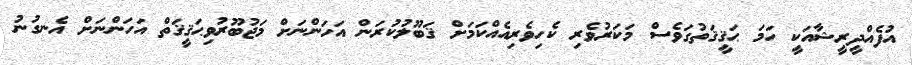
އުފެއްދީރީޝާއަކީ ހަމަ ޙަޤީޤަތުުގަވެސް މަކަރުވެރި ކެހިވެރިއެއްކަމަށް ޤަބޫލުކުރަން އަހަންނަށް މަޖުބޫރުވިޙަޤީޤަތް އަހަންނަށް އެނގުނު